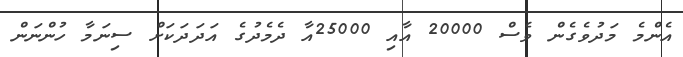
އެންމެ މަދުވެގެން ވެސް 20000 އާއި 25000އާ ދެމެދުގެ އަދަދަކަށް ސިނަމާ ހުންނަން